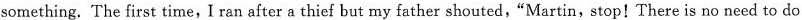
something. The first time, I ran after a thief but my father shouted, "Martin, stop! There is no need to do